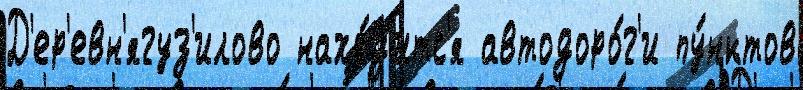
Д'ер'евн'ягуз'илово нахо́д'итс'я автодоро́г'и пу́нктов